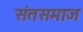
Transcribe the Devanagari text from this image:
संतसमाज